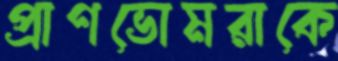
প্রাণভোমরাকে